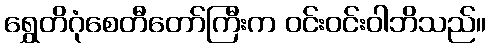
ရွှေတိဂုံစေတီတော်ကြီးက ဝင်းဝင်းဝါဘိသည်။